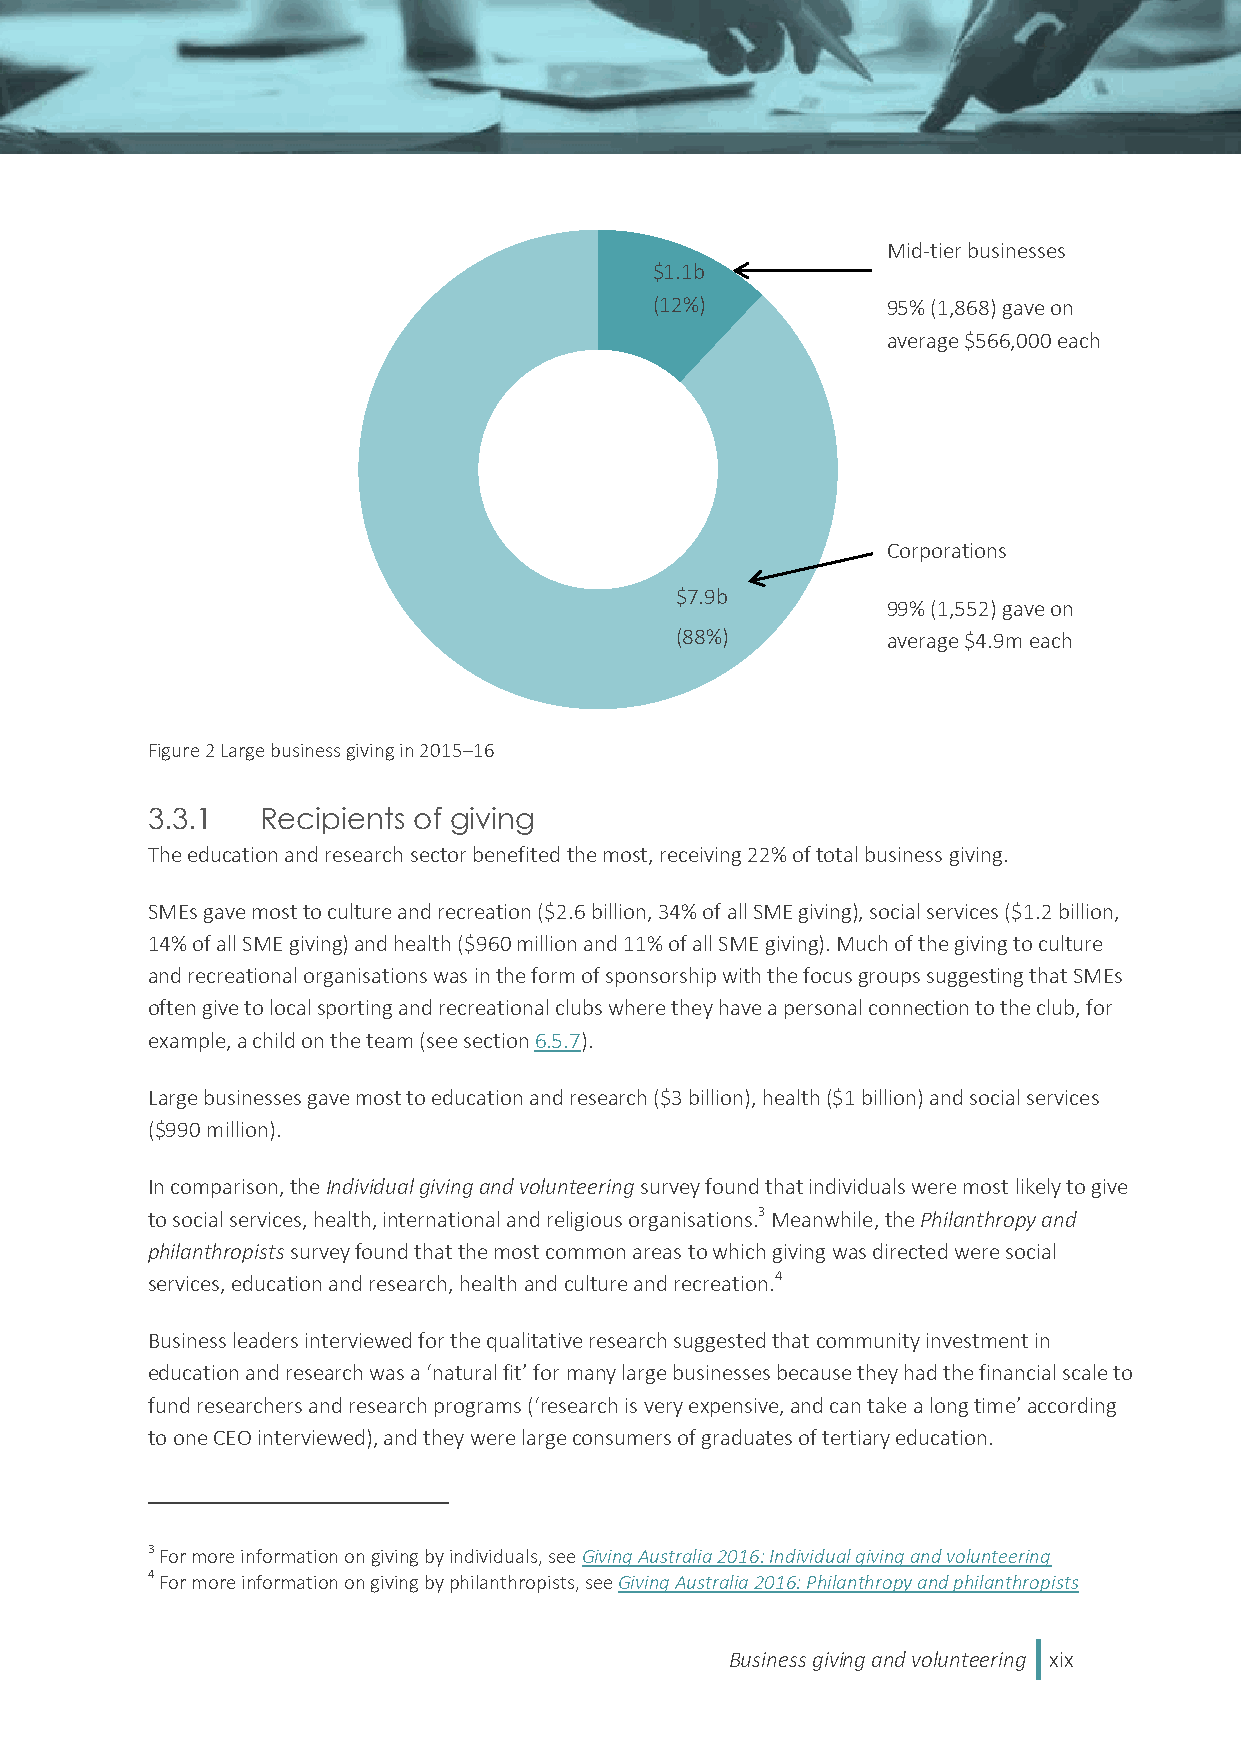
Mid-tier businesses
 $1.1b
 (12%)           95% (1,868) gave on
 average $566,000 each
 Corporations
 $7.9b
 99% (1,552) gave on
 (88%)         average $4.9m each
 Figure 2 Large business giving in 2015–16
 3.3.1  Recipients of giving
 The education and research sector benefited the most, receiving 22% of total business giving.
 SMEs gave most to culture and recreation ($2.6 billion, 34% of all SME giving), social services ($1.2 billion,
 14% of all SME giving) and health ($960 million and 11% of all SME giving). Much of the giving to culture
 and recreational organisations was in the form of sponsorship with the focus groups suggesting that SMEs
 often give to local sporting and recreational clubs where they have a personal connection to the club, for
 example, a child on the team (see section 6.5.7).
 Large businesses gave most to education and research ($3 billion), health ($1 billion) and social services
 ($990 million).
 In comparison, the Individual giving and volunteering survey found that individuals were most likely to give
 to social services, health, international and religious organisations.3 Meanwhile, the Philanthropy and
 philanthropists survey found that the most common areas to which giving was directed were social
 services, education and research, health and culture and recreation.4
 Business leaders interviewed for the qualitative research suggested that community investment in
 education and research was a ‘natural fit’ for many large businesses because they had the financial scale to
 fund researchers and research programs (‘research is very expensive, and can take a long time’ according
 to one CEO interviewed), and they were large consumers of graduates of tertiary education.
 3 For more information on giving by individuals, see Giving Australia 2016: Individual giving and volunteering
 4 For more information on giving by philanthropists, see Giving Australia 2016: Philanthropy and philanthropists
 Business giving and volunteering xix